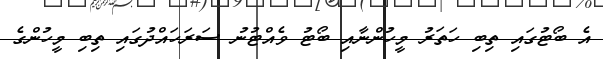
އެ ބޯޓުގައި ތިބި ހަތަރު މީހުންނާއި ބޯޓު ވެއްޓުނު ސަރަހައްދުގައި ތިބި މީހުންގެ